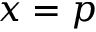
x = p